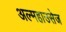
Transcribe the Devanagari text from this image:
अल्महाउसेज